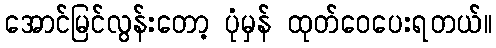
အောင်မြင်လွန်းတော့ ပုံမှန် ထုတ်ဝေပေးရတယ်။